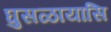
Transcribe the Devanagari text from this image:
घुसळायासि